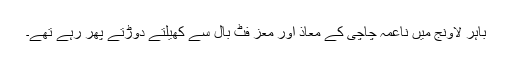
باہر لاونج میں ناعمہ چاچی کے معاذ اور معز فٹ بال سے کھیلتے دوڑتے پھر رہے تھے۔